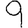
Digit: 9